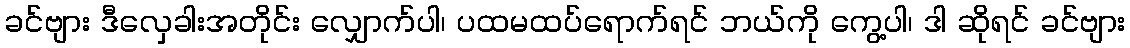
ခင်ဗျား ဒီလှေခါးအတိုင်း လျှောက်ပါ၊ ပထမထပ်ရောက်ရင် ဘယ်ကို ကွေ့ပါ၊ ဒါ ဆိုရင် ခင်ဗျား